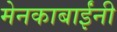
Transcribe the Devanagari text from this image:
मेनकाबाईंनी